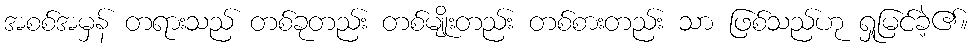
အစစ်အမှန် တရားသည် တစ်ခုတည်း တစ်မျိုးတည်း တစ်စားတည်း သာ ဖြစ်သည်ဟု ရှုမြင်ခဲ့၏။